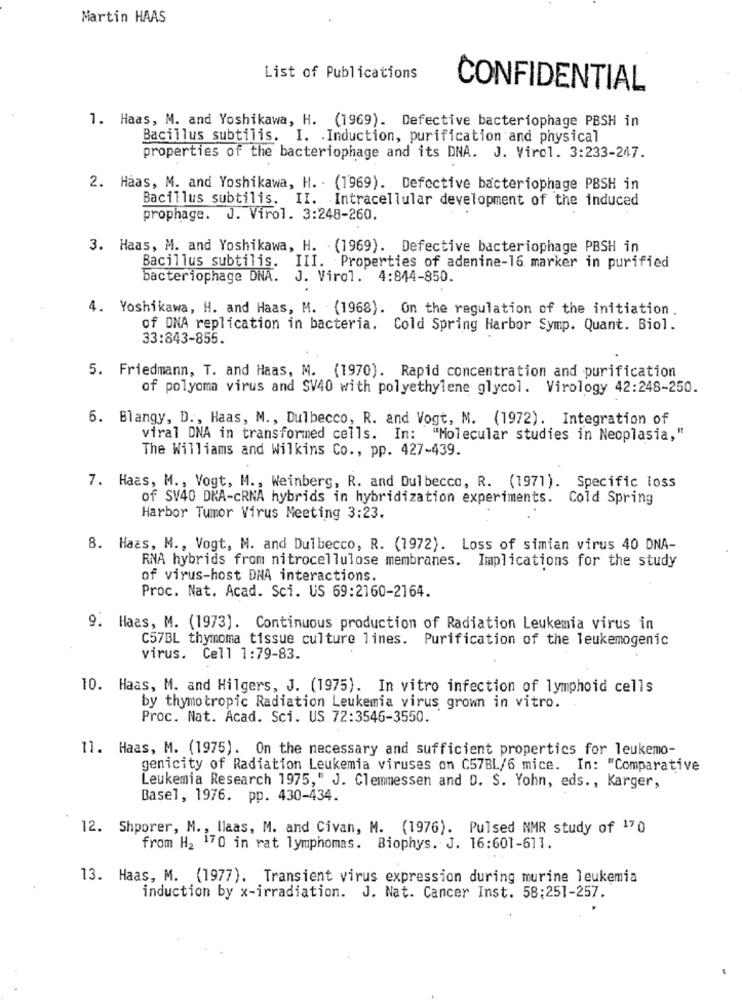
Martin HAAS
List of Publications
CONFIDENTIAL
1. Haas, M. and Yoshikawa, H. (1969). Defective bacteriophage PBSH in
Bacillus subtilis. I. Induction, purification and physical
properties of the bacteriophage and its DNA. J. Virol. 3:233-247.
2. Haas, M. and Yoshikawa, H. . (1969). Defective bacteriophage PBSH in
Bacillus subtilis. II. Intracellular development of the induced
prophage. J. Virol. 3:248-260.
3. Haas, M. and Yoshikawa, H. (1969). Defective bacteriophage PBSH in
Bacillus subtilis. III. Properties of adenine-16 marker in purified
bacteriophage DNA. J. Virol. 4:844-850.
4. Yoshikawa, H. and Haas, M. (1968). On the regulation of the initiation.
of DNA replication in bacteria. Cold Spring Harbor Symp. Quant. Biol.
33:843-855
5. Friedmann, T. and Haas, M. (1970). Rapid concentration and purification
of polyoma virus and SV40 with polyethylene glycol. Virology 42:248-250.
6. Blangy, D ., Haas, M ., Dulbecco, R. and Vogt, M. (1972). Integration of
viral DNA in transformed cells. In: "Molecular studies in Neoplasia,"
The Williams and Wilkins Co ., pp. 427-439.
7. Haas, M ., Vogt, M ., Weinberg, R. and Dulbecco, R. (1971). Specific loss
of SV40 DNA-CRNA hybrids in hybridization experiments. Cold Spring
Harbor Tumor Virus Meeting 3:23.
8. Haas, M ., Vogt, M. and Dulbecco, R. (1972). Loss of simian virus 40 DNA-
RNA hybrids from nitrocellulose membranes. Implications for the study
of virus-host DNA interactions.
Proc. Nat. Acad. Sci. US 69:2160-2164.
9. Haas, M. (1973). Continuous production of Radiation Leukemia virus in
C57BL thymoma tissue culture lines. Purification of the leukemogenic
virus. Cell 1:79-83.
10. Haas, M. and Hilgers, J. (1975). In vitro infection of lymphoid cells
by thymotropic Radiation Leukemia virus grown in vitro.
Proc. Nat. Acad. Sci. US 72:3546-3550.
11. Haas, M. (1975). On the necessary and sufficient properties for leukemo-
genicity of Radiation Leukemia viruses on C57BL/6 mice. In: "Comparative
Leukemia Research 1975," J. Clemmessen and D. S. Yohn, eds ., Karger,
Basel, 1976. pp. 430-434.
12. Shporer, M ., llaas, M. and Civan, M. (1976). Pulsed NMR study of 170
from H2 170 in rat lymphomas. Biophys. J. 16:601-611.
13. Haas, M. (1977). Transient virus expression during murine leukemia
induction by x-irradiation. J. Nat. Cancer Inst. 58:251-257.